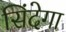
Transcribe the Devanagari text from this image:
सिंदेगा